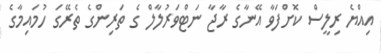
އިއްޔެ ރިލީސް ކޮށްފަވާ އޭނާގެ ރާޖާ ނަޓްވަރުލާލް ގެ ތަރިންގެ ތެރޭގަ ހުމައިމާގެ